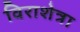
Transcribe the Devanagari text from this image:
विराशेत्रा